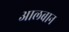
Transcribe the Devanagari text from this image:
आलबान